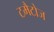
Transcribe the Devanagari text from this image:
टमैटोज